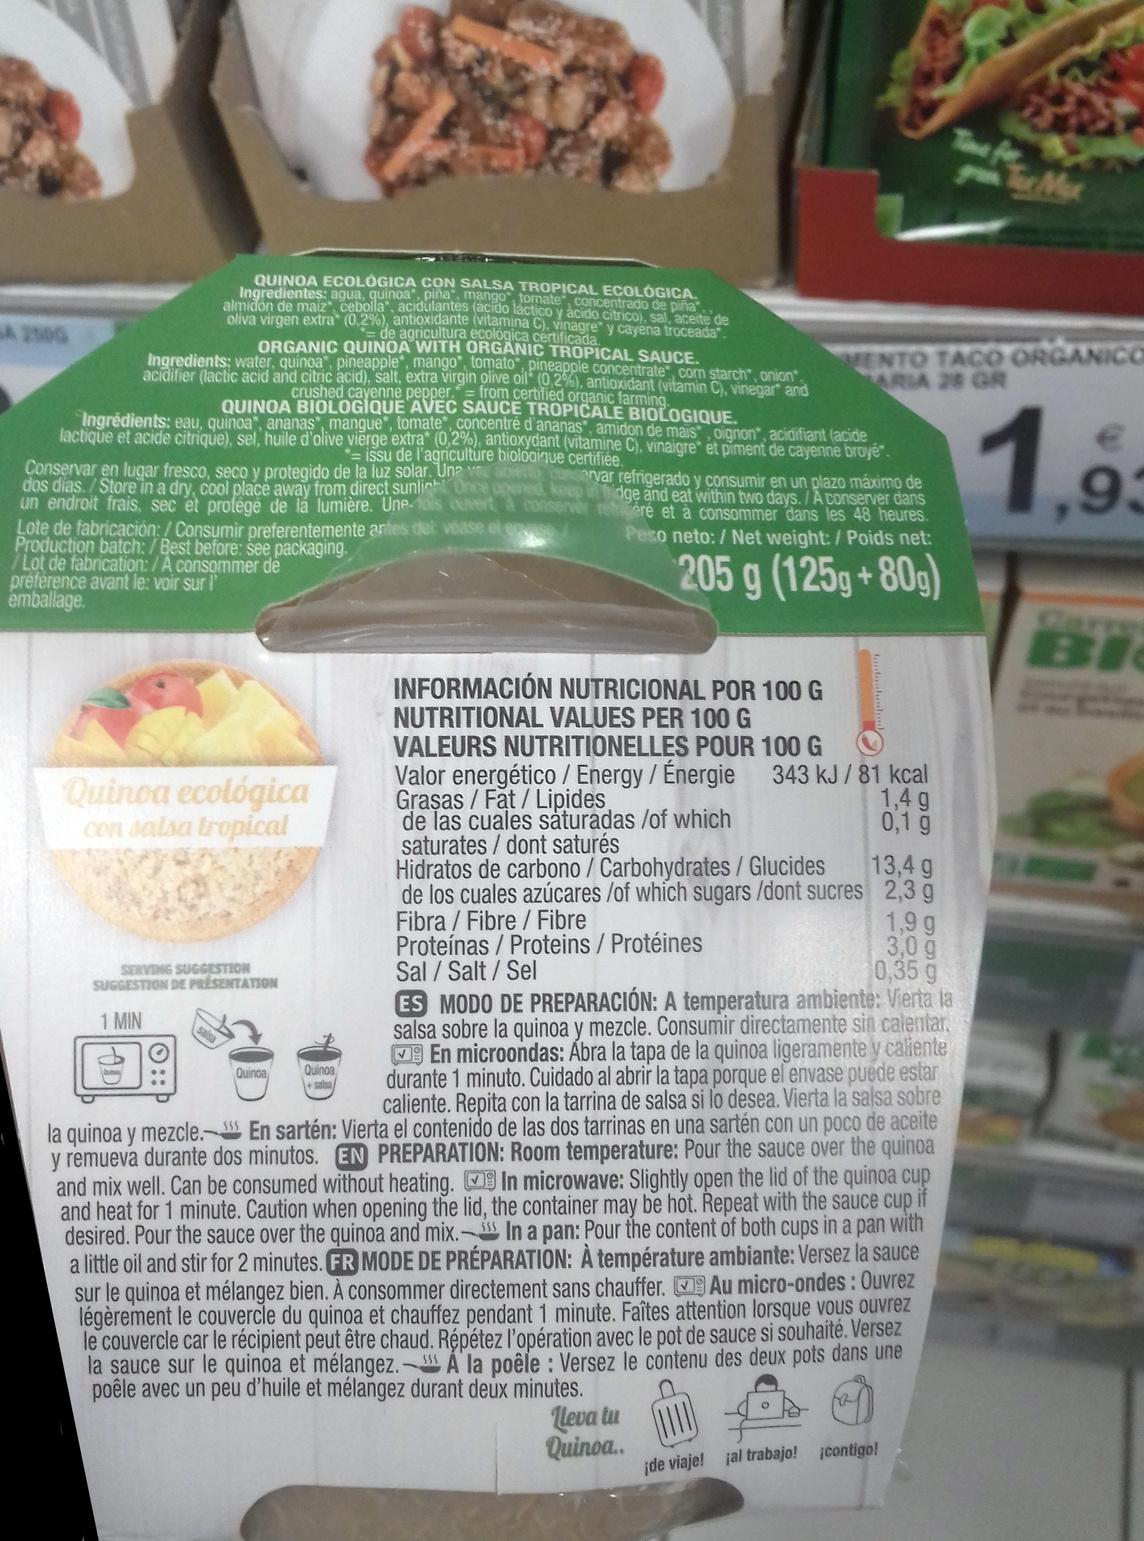
Te for T Ma QUINOA ECOLOGICA CON SALSA TROPICAL Ingredientes: agua, quinoa, pina, mango tomatecosECOLOGICA almidon de maiz cebolla acidulantes acido lactico y åcido cítrico) sal aceite de oliva virgen extra" (0.de agricultura ecolonia C)vinagre y cayena troceada aciditier (lactic acid and citric acid), salt, extra virgin olive oil (029)an corn starch", onion Ingrédients: eau, quinoa", ananas", mangue", tomate concentre d'ananas", amidon de mais oignon, acidifiant (acide A 210G a. ORGANIC QUINOA WITH ORGANIC TROP Ingredients: water, quinoa", pineapple*, mango", tomato pineapoleCAL SAUCE VENTO TACO ORGANICO ARIA 28 GR crushed cayenne pepper.= from certified ornanic form amin C), vinegar and QUINOA BIOLOGIQUE AVEC SAUCE TROPICALE BIOLOGIQUE 1.9 lactique et acide citrique), sel, huile d'olive vierge extra" (0,2%), alnioxydant (vitamine C), vinaigre et piment de cayenne broye. -issu de l'agriculture biologigue certifiée Conservar en lugar fresco, seco y protegido de la luz solar. Una dos dias./Store in a dry, cool place away from direct sunli rvar refrigerado y consumir en un plazo máximo de , keep inbdge and eat within two days./ A conserver dans e un endroit frais, sec et protégé de la lumière. Une.oS oUvert a conserver reeré et à consommer dans les 48 heures. Lote de fabricación: / Consumir preferentemente antes del vease el enase Production batch:/Best before: see packaging /Lot de fabrication:/A consommer de preference avant le:voir sur emballage Peso neto: / Net weight:/ Poids net: 205 g (125g+80g dare BI INFORMACIÓN NUTRICIONAL POR 100 G NUTRITIONAL VALUES PER 100 G VALEURS NUTRITIONELLES POUR 100 G Valor energético /Energy/Énergie Graşas/Fat/Lipides de las cuales saturadas /of which saturates/dont saturés Hidratos de carbono/Carbohydrates/Glucides de los cuales azúcares /of which sugars /dont sucres Fibra/ Fibre /Fibre Proteínas/ Proteins / Protéines Sal/Salt/Sel 343 kJ / 81 kcal 1,4 g 0,1 g Quinoa ecológica con salsa tropical 13,4 g 2,3 g 1,9 g 3,0 g 0,35 g SERVING SUGGESTION SUGGESTION DE PRESENTATION ES MODO DE PREPARACIÓN: A temperatura ambiente: Vierta la salsa sobre la quinoa y mezcle. Consumir directamente sin calentar En microondas: Abra la tapa de la quinoa ligeramente y caliente durante 1 minuto. Cuidado al abrir la tapa porque el envase puede estar caliente. Repita con la tarrina de salsa si lo desea. Vierta la salsa sobre 1 MIN Quinoa + salsa Quinoa la quinoa y mezcle. En sartén: Vierta el contenido de las dos tarrinas en una sartén con un poco de aceite y remueva durante dos minutos. EN PREPARATION:Room temperature: Pour the sauce over the quinoa and mix well. Can be consumed without heating. In microwave: Slightly open the lid of the quinoa cup and heat for 1 minute. Caution when opening the lid, the container may be hot. Repeat with the sauce cup if desired. Pour the sauce over the quinoa and mix.- In a pan: Pour the content of both cups in a pan with a little oil and stir for 2 minutes. FR MODE DE PRÉPARATION: A température ambiante: Versez la sauce sur le quinoa et mélangez bien. A consommer directement sans chauffer.Au micro-ondes:Ouvrez légèrement le couvercle du quinoa et chauffez pendant 1 minute. Faîtes attention lorsque vous ouvrez le couvercle car le récipient peut être chaud. Répétez l'opération avec le pot de sauce si souhaité. Versez la sauce sur le quinoa et mélangez.-A la poêle : Versez le contenu des deux pots dans une poêle avec un peu d'huile et mélangez durant deux minutes ψυα Lu Quinoa. contigo jal trabajo! ide viaje!